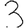
Digit: 3